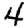
Digit: 4